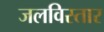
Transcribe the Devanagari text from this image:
जलविस्तार